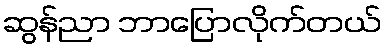
ဆွန်ညာ ဘာပြောလိုက်တယ်